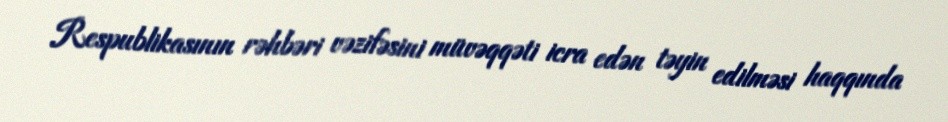
Respublikasının rəhbəri vəzifəsini müvəqqəti icra edən təyin edilməsi haqqında